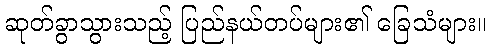
ဆုတ်ခွာသွားသည့် ပြည်နယ်တပ်များ၏ ခြေသံများ။